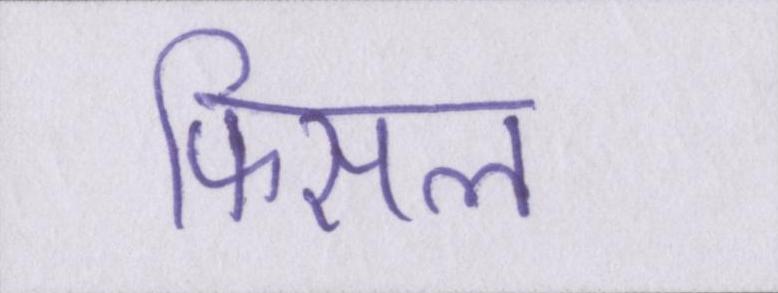
फिसल